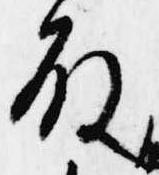
殿